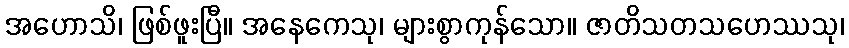
အဟောသိ၊ ဖြစ်ဖူးပြီ။ အနေကေသု၊ များစွာကုန်သော။ ဇာတိသတသဟေဿသု၊